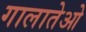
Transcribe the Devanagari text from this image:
गालातेओ